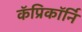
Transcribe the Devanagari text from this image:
कॅप्रिकॉर्नि